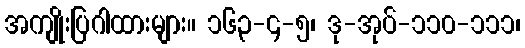
အကျိုးပြဂါထားများ။ ၁၆၃-၄-၅၊ ဒု-အုပ်-၁၁၀-၁၁၁၊